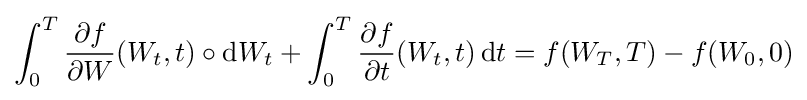
\int _{0}^{T}{\partial f \over \partial W}(W_{t},t)\circ \mathrm {d} W_{t}+\int _{0}^{T}{\partial f \over \partial t}(W_{t},t)\,\mathrm {d} t=f(W_{T},T)-f(W_{0},0)